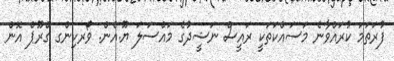
ފުރަތަމަ ކުރައްވާނެ މަސައްކަތަކީ ރައީސް ނަޝީދުގެ މައްސަލަ ޔޫ.އެން. ވޯރކިންގ ގްރޫޕް އޮން